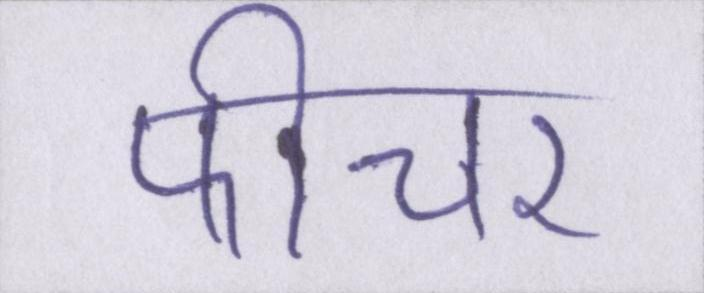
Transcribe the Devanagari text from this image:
फीचर